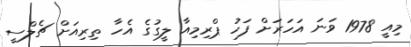
މިއީ 1978 ވަނަ އަހަރަށް ފަހު ޕްރިމިއާ ލީގުގެ އެހާ ތިރިއަށް ޗެލްސީ